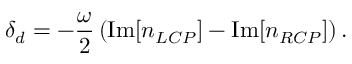
\delta _ { d } = - \frac { \omega } { 2 } \left( \mathrm { I m } [ n _ { L C P } ] - \mathrm { I m } [ n _ { R C P } ] \right) .